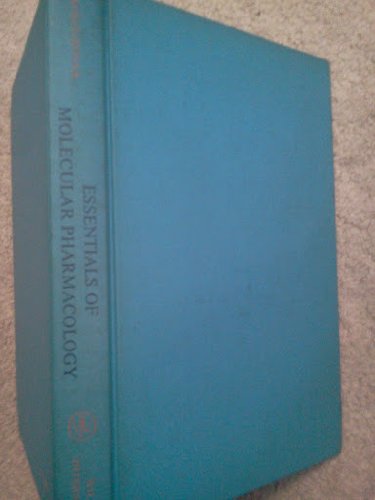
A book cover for Essentials of Molecular Pharmacology: Background for Drug Design; Andrejus Korolkovas; Medical Books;